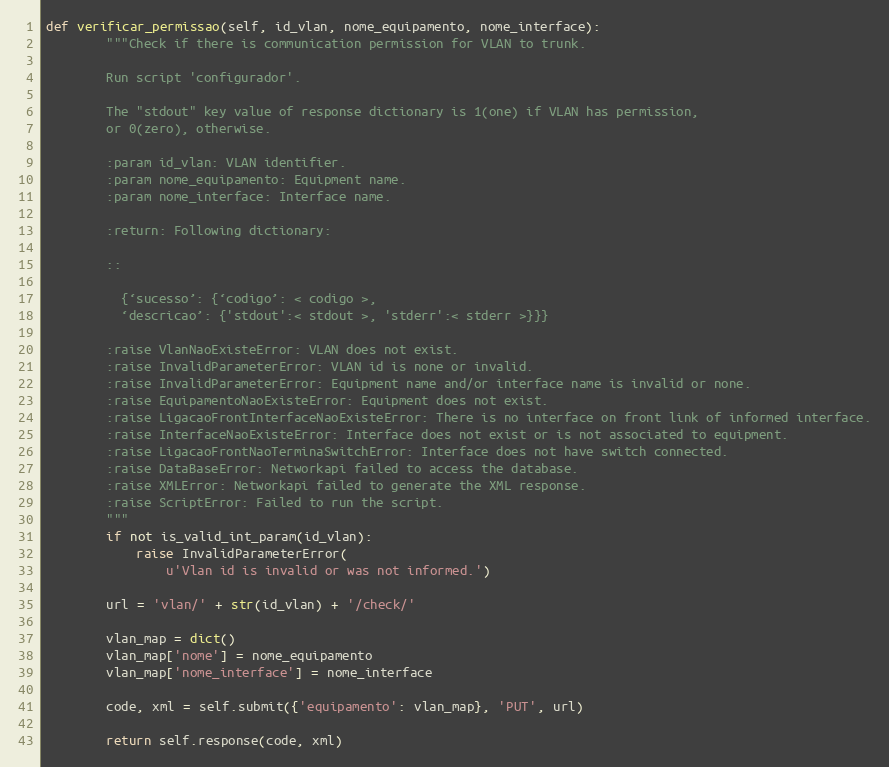
Language: Python
def verificar_permissao(self, id_vlan, nome_equipamento, nome_interface):
        """Check if there is communication permission for VLAN to trunk.

        Run script 'configurador'.

        The "stdout" key value of response dictionary is 1(one) if VLAN has permission,
        or 0(zero), otherwise.

        :param id_vlan: VLAN identifier.
        :param nome_equipamento: Equipment name.
        :param nome_interface: Interface name.

        :return: Following dictionary:

        ::

          {‘sucesso’: {‘codigo’: < codigo >,
          ‘descricao’: {'stdout':< stdout >, 'stderr':< stderr >}}}

        :raise VlanNaoExisteError: VLAN does not exist.
        :raise InvalidParameterError: VLAN id is none or invalid.
        :raise InvalidParameterError: Equipment name and/or interface name is invalid or none.
        :raise EquipamentoNaoExisteError: Equipment does not exist.
        :raise LigacaoFrontInterfaceNaoExisteError: There is no interface on front link of informed interface.
        :raise InterfaceNaoExisteError: Interface does not exist or is not associated to equipment.
        :raise LigacaoFrontNaoTerminaSwitchError: Interface does not have switch connected.
        :raise DataBaseError: Networkapi failed to access the database.
        :raise XMLError: Networkapi failed to generate the XML response.
        :raise ScriptError: Failed to run the script.
        """
        if not is_valid_int_param(id_vlan):
            raise InvalidParameterError(
                u'Vlan id is invalid or was not informed.')

        url = 'vlan/' + str(id_vlan) + '/check/'

        vlan_map = dict()
        vlan_map['nome'] = nome_equipamento
        vlan_map['nome_interface'] = nome_interface

        code, xml = self.submit({'equipamento': vlan_map}, 'PUT', url)

        return self.response(code, xml)